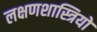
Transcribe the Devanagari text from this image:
लक्षणशास्त्रियों